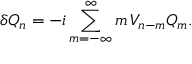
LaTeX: \delta Q _ { n } = - i \sum _ { m = - \infty } ^ { \infty } m \, V _ { n - m } Q _ { m } .